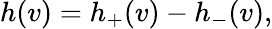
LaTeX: h(v)=h_{+}(v)-h_{-}(v),